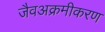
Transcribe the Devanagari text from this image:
जैवअक्रमीकरण